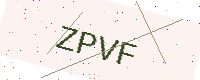
Text: ZPVF